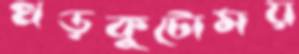
খড়কুটোময়